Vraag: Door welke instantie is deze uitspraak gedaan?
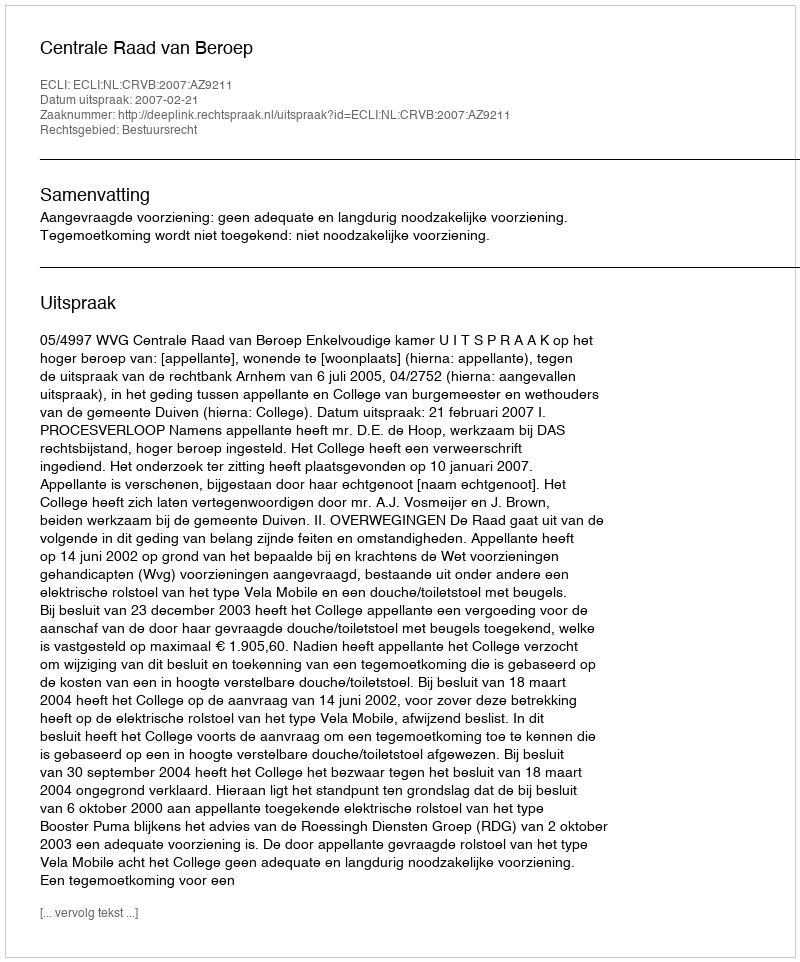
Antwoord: Centrale Raad van Beroep